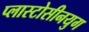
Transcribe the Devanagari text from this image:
प्लास्टोसीनयुग